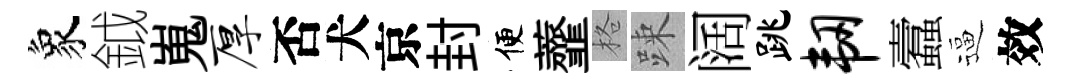
象鉞嵬厚否犬京封便虀格踈阔跳韧蠧逼效